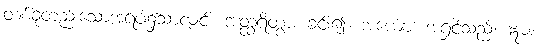
တစ်ခုတည်းသောအရပ်၌သာလျှင်။ အတ္ထရိတွာ၊ ခင်း၍။ အယျော၊ အရှင်သည်။ ဣဓ၊